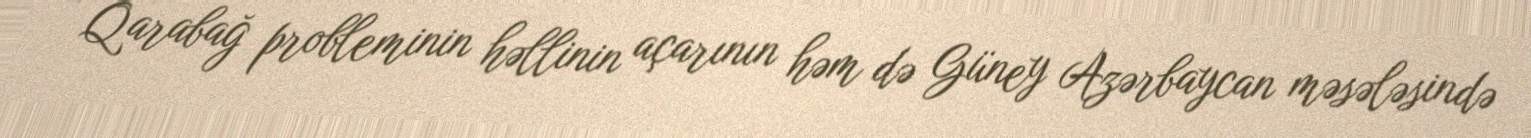
- Qarabağ probleminin həllinin açarının həm də Güney Azərbaycan məsələsində